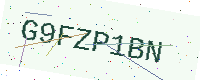
Text: G9FZP1BN